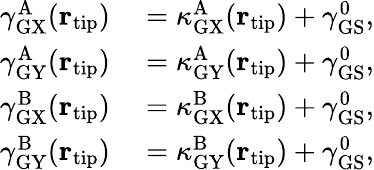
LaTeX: \begin{array}{rl}{\gamma_{\mathrm{GX}}^{\mathrm{A}}({\mathbf r}_{\mathrm{tip}})}&{{}=\kappa_{\mathrm{GX}}^{\mathrm{A}}({\mathbf r}_{\mathrm{tip}})+\gamma_{\mathrm{GS}}^{0},}\\ {\gamma_{\mathrm{GY}}^{\mathrm{A}}({\mathbf r}_{\mathrm{tip}})}&{{}=\kappa_{\mathrm{GY}}^{\mathrm{A}}({\mathbf r}_{\mathrm{tip}})+\gamma_{\mathrm{GS}}^{0},}\\ {\gamma_{\mathrm{GX}}^{\mathrm{B}}({\mathbf r}_{\mathrm{tip}})}&{{}=\kappa_{\mathrm{GX}}^{\mathrm{B}}({\mathbf r}_{\mathrm{tip}})+\gamma_{\mathrm{GS}}^{0},}\\ {\gamma_{\mathrm{GY}}^{\mathrm{B}}({\mathbf r}_{\mathrm{tip}})}&{{}=\kappa_{\mathrm{GY}}^{\mathrm{B}}({\mathbf r}_{\mathrm{tip}})+\gamma_{\mathrm{GS}}^{0},}\end{array}